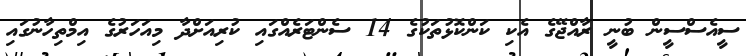
ސީއެސްސީން ބުނީ ރާއްޖޭގެ އެކި ކަންކޮޅުތަކުގެ 14 ސެންޓަރެއްގައި ކުރިއަށްދާ މިއަހަރުގެ އިމްތިހާނުގައި